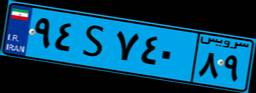
۹۴S۷۴۰۸۹